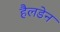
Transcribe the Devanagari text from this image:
हैलडेन